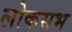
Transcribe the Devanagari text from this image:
लोकसभ